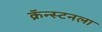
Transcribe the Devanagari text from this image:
क्रॅन्स्टनला